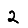
Digit: 2